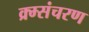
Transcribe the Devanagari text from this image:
क्र्म्संचरण